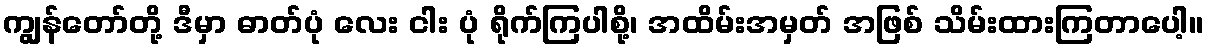
ကျွန်တော်တို့ ဒီမှာ ဓာတ်ပုံ လေး ငါး ပုံ ရိုက်ကြပါစို့၊ အထိမ်းအမှတ် အဖြစ် သိမ်းထားကြတာပေါ့။